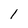
Character: l